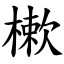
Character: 樕